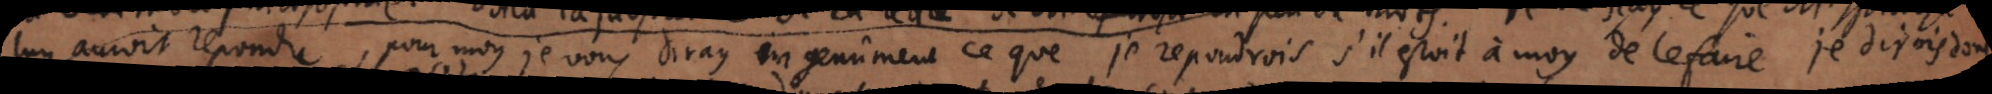
luy auroit repondu, pour moy je vous diray ingenûment ce que je reprendrois s’il estoit à moy de le faire je dirois donc